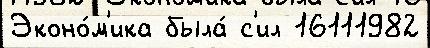
Эконо́м'ика была́ с'ил 16111982